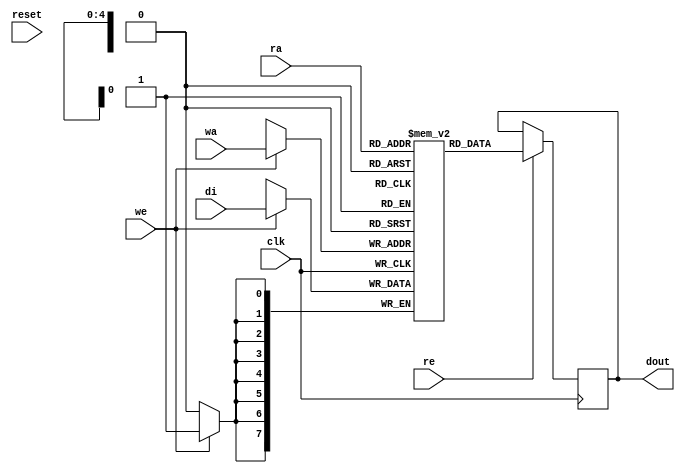
// Generator : SpinalHDL v1.9.4    git head : 270018552577f3bb8e5339ee2583c9c22d324215
// Component : nv_ram_rws
// Git hash  : 595b46de21e9894cca541d4483c8c23e940c7d27

`timescale 1ns/1ps

module nv_ram_rws (
  input  wire          re,
  input  wire          we,
  input  wire [4:0]    ra,
  input  wire [4:0]    wa,
  input  wire [7:0]    di,
  output wire [7:0]    dout,
  input  wire          clk,
  input  wire          reset
);

  reg        [7:0]    _zz__zz_1_port1;
  reg [7:0] _zz_1 [0:31];

  always @(posedge clk) begin
    if(we) begin
      _zz_1[wa] <= di;
    end
  end

  always @(posedge clk) begin
    if(re) begin
      _zz__zz_1_port1 <= _zz_1[ra];
    end
  end

  assign dout = _zz__zz_1_port1;

endmodule